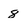
Character: 8